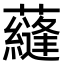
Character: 蘕